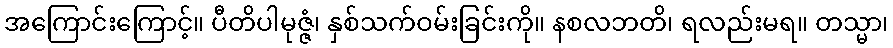
အကြောင်းကြောင့်။ ပီတိပါမုဇ္ဇံ၊ နှစ်သက်ဝမ်းခြင်းကို။ နစလဘတိ၊ ရလည်းမရ။ တသ္မာ၊